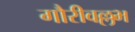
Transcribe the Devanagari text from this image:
गौरीवल्लभ